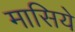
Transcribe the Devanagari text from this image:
मासिये